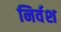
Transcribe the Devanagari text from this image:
निर्वश